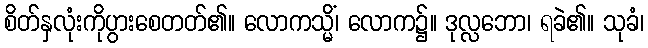
စိတ်နှလုံးကိုပွားစေတတ်၏။ လောကသ္မိံ၊ လောက၌။ ဒုလ္လဘော၊ ရခဲ၏။ သုခံ၊